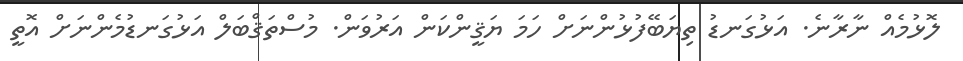
ލޮޅުމެއް ނާރާނެ. އަޅުގަނޑު ތިޔަބޭފުޅުންނަށް ހަމަ ޔަޤީންކަން އަރުވަން. މުސްތަޤްބަލް އަޅުގަނޑުމެންނަށް އޮތީ